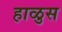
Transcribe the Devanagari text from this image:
हाळुस